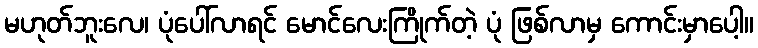
မဟုတ်ဘူးလေ၊ ပုံပေါ်လာရင် မောင်လေးကြိုက်တဲ့ ပုံ ဖြစ်လာမှ ကောင်းမှာပေါ့။